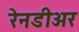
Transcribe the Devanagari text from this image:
रेनडीअर